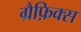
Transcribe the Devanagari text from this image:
ग्रैफ़िक्स